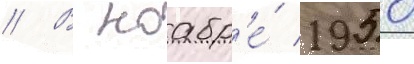
// В ноабр'е́ 1950